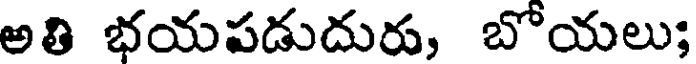
అతి భయపడుదురు, బోయలు;